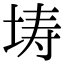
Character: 𭎜